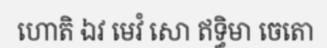
ហោតិ ឯវ មេវំ សោ ឥទ្ធិមា ចេតោ